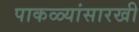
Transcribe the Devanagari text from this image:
पाकळ्यांसारखी